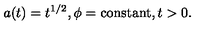
a ( t ) = t ^ { 1 / 2 } , \phi = \mathrm { c o n s t a n t } , t > 0 .